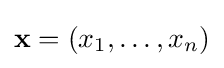
\mathbf {x} =\left(x_{1},\ldots ,x_{n}\right)